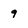
Character: 9